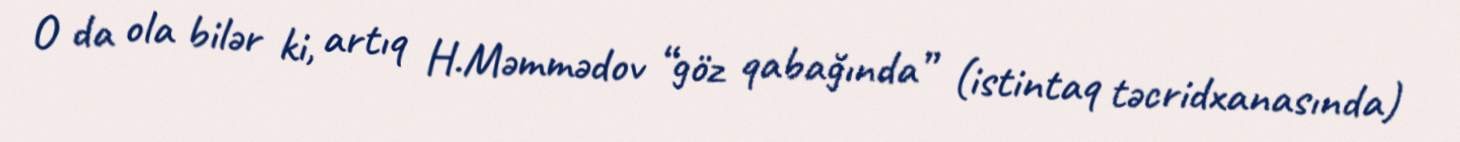
O da ola bilər ki, artıq H.Məmmədov “göz qabağında” (istintaq təcridxanasında)